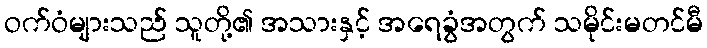
ဝက်ဝံများသည် သူတို့၏ အသားနှင့် အရေခွံအတွက် သမိုင်းမတင်မီ